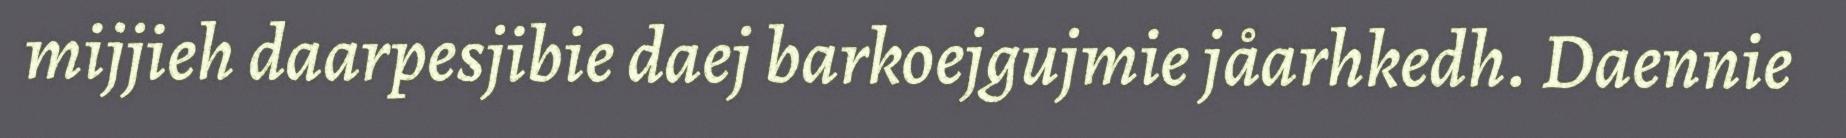
mijjieh daarpesjibie daej barkoejgujmie jåarhkedh. Daennie